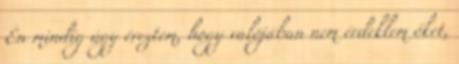
Én mindíg úgy éreztem, hogy valójában nem érdeklem őket,